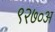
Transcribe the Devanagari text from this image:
९२७०अ